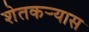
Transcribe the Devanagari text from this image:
शेतकर्‍यास